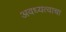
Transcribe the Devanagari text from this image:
अवध्यत्वाचा